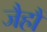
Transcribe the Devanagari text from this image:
जैहौं